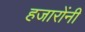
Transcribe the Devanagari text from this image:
हजारोंनी